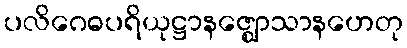
ပလိဂေဓပရိယုဋ္ဌာနဇ္ဈောသာနဟေတု